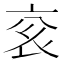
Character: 𬡄